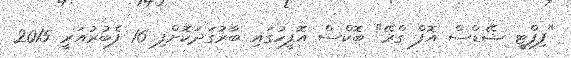
"ފިފްޓީ ޝޭޑްސް އޮފް ގްރޭ" ބޮކްސް އޮފީހުގައި ބާރުގަދަކޮށްފި 16 ފެބުރުއަރީ 2015